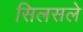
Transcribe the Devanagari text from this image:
सिलसले